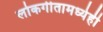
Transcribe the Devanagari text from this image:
लोकगीतामध्येही